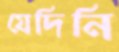
যেদিনি